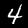
Label: 4